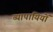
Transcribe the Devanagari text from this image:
व्यापायियों